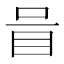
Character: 𱲧